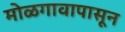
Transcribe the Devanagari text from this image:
मोळगावापासून